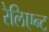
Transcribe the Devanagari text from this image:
रेलिएन्ट